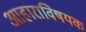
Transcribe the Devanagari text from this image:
आहाराविषयक